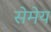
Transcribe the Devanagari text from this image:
सेमेय